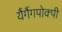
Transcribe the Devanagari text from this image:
यैंगैंगपोक्पी